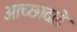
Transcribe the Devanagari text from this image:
आच्छादले